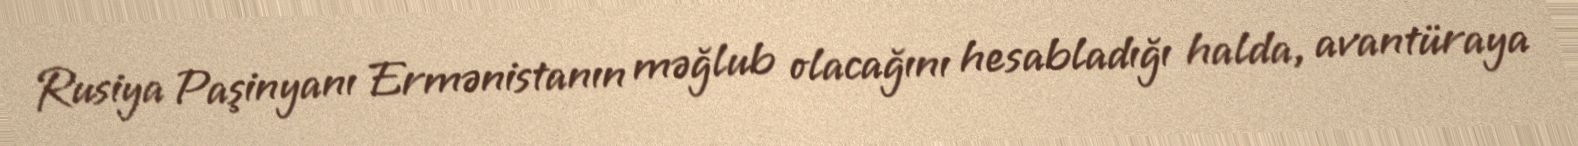
Rusiya Paşinyanı Ermənistanın məğlub olacağını hesabladığı halda, avantüraya